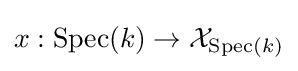
x:\operatorname {Spec} (k)\to {\mathcal {X}}_{\operatorname {Spec} (k)}